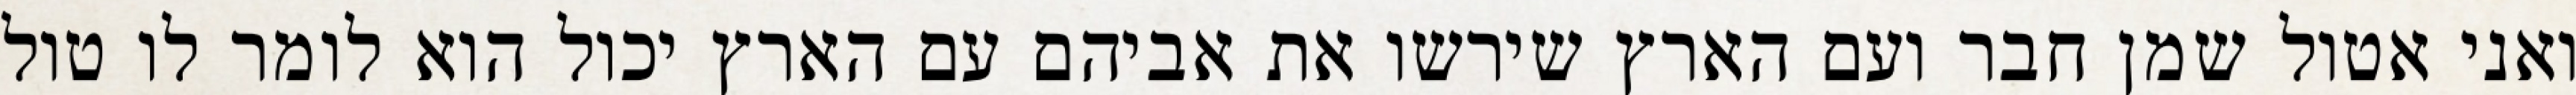
ואני אטול שמן חבר ועם הארץ שירשו את אביהם עם הארץ יכול הוא לומר לו טול